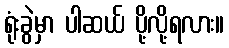
ရုံးခွဲမှာ ပါဆယ် ပို့လို့ရလား။